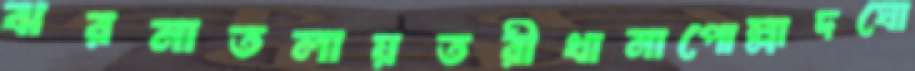
ঝরনাতলায়তরীখানাপোল্লাদঘো